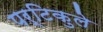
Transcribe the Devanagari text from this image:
पर्टिकुले